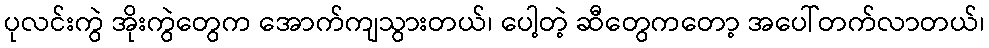
ပုလင်းကွဲ အိုးကွဲတွေက အောက်ကျသွားတယ်၊ ပေါ့တဲ့ ဆီတွေကတော့ အပေါ်တက်လာတယ်၊